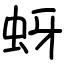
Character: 蚜